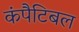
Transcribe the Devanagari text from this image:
कंपैटिबल